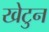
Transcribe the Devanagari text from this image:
खेटुन